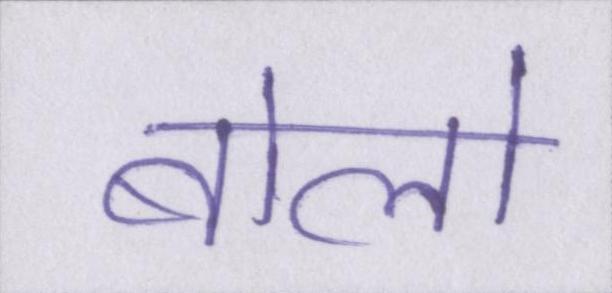
बोलो